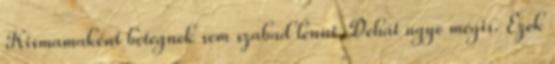
Kismamaként betegnek sem szabad lenni. Dehát ugye mégis. Ezek